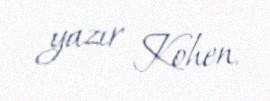
yazır Kohen.